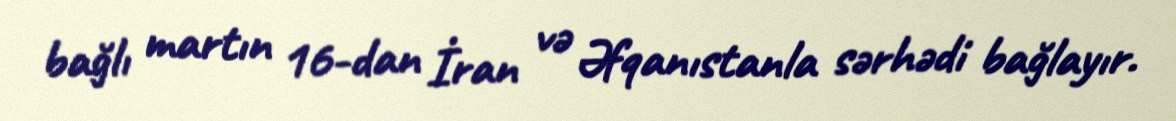
bağlı martın 16-dan İran və Əfqanıstanla sərhədi bağlayır.